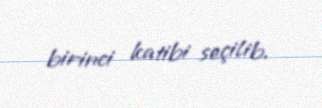
birinci katibi seçilib.